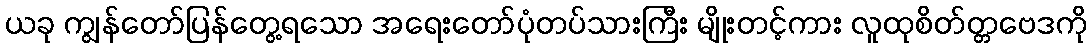
ယခု ကျွန်တော်ပြန်တွေ့ရသော အရေးတော်ပုံတပ်သားကြီး မျိုးတင့်ကား လူထုစိတ်တ္တဗေဒကို